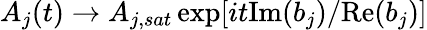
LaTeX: A_{j}(t)\rightarrow A_{j,sat}\exp[it\mathrm{Im}(b_{j})/\mathrm{Re}(b_{j})]